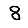
Digit: 8